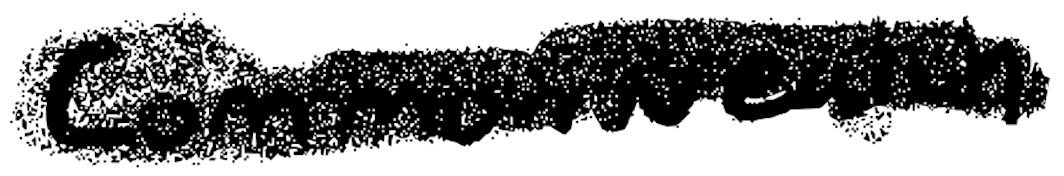
Text: Commonwealth
Cross-out: scratch
Writing tool: digital_black